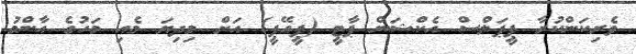
ވެރިކަންކުރާ ޕީޕަލްސް އެކްޝަން ޕާޓީ (ޕީއޭޕީ) އަށް މިދިޔަ މެއި މަހުގެ އާންމު